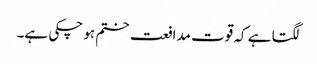
لگتا ہے کہ قوت مدافعت ختم ہو چکی ہے۔